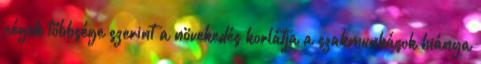
cégek többsége szerint a növekedés korlátja a szakmunkások hiánya